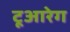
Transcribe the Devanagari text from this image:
टूआरेग